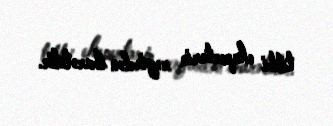
tibbi ekspertərin rəyindən ibarətdir.